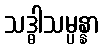
သဒ္ဓါသမ္ပန္နာ